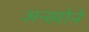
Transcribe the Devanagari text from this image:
अन्खोने